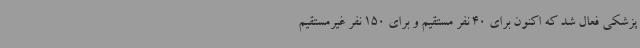
پزشکی فعال شد که اکنون برای 40 نفر مستقیم و برای 150 نفر غیرمستقیم